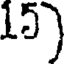
15)